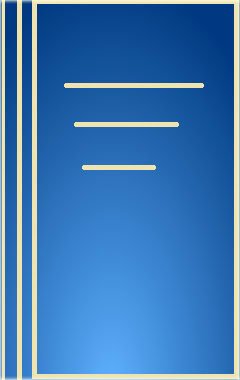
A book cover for Liquid Chromatography-Mass Spectrometry: Principles and Applications (Chromatographic Science Series); W. M. A. Niessen; Science & Math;